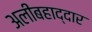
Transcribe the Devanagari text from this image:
अलीबहाद्दार